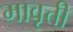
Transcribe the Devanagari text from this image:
मावृत्ती